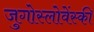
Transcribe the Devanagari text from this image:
जुगोस्लोवेंस्की